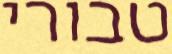
טבורי